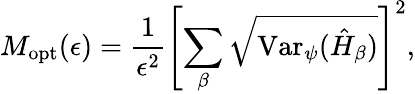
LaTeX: M_{\mathrm{opt}}(\epsilon)=\frac{1}{\epsilon^{2}}\left[\sum_{\beta}\sqrt{\mathrm{Var}_{\psi}(\hat{H}_{\beta})}\right]^{2},